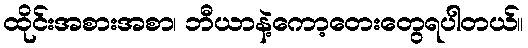
ထိုင်းအစားအစာ၊ ဘီယာနဲ့ကော့တေးတွေရပါတယ်။